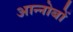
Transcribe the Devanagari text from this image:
आन्नोबों